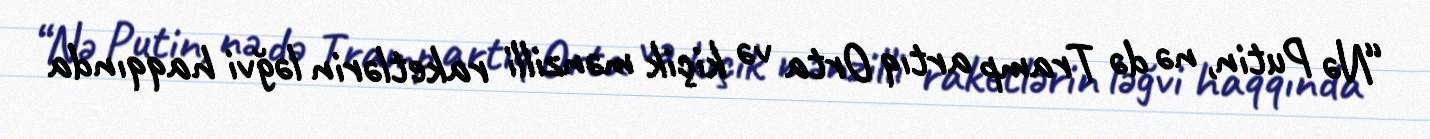
“Nə Putin, nə də Tramp artıq Orta və kiçik mənzilli raketlərin ləğvi haqqında